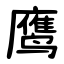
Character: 鹰